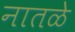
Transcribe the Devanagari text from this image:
नातळे